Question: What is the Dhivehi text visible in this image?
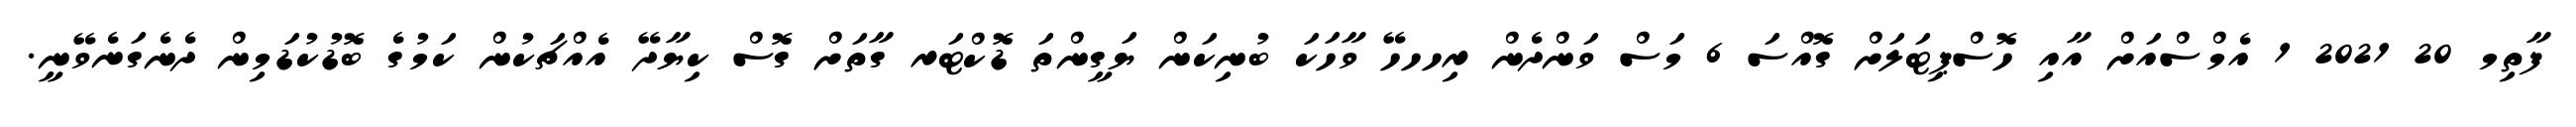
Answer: ފާތިމ 20 2021 1 އެމްސްއަށް އާއި ހޮސްޕިޓަލަށް ގޮއްސަ 6 މަސް ވަންދެން ރިހހހޭ ވާހަކަ ބުނިކަން ޔަގީންތަ ޑޮކްޓަރ ގާތަށް ގޮސް ކިޔާދޭ އެއްޗަކުން ކަމުގެ ބޮޑުކުޑަމިން ދެނެގަނެވޭނީ.